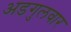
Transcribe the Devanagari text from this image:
अडगुलवार